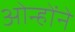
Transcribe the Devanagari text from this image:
ओन्होंने